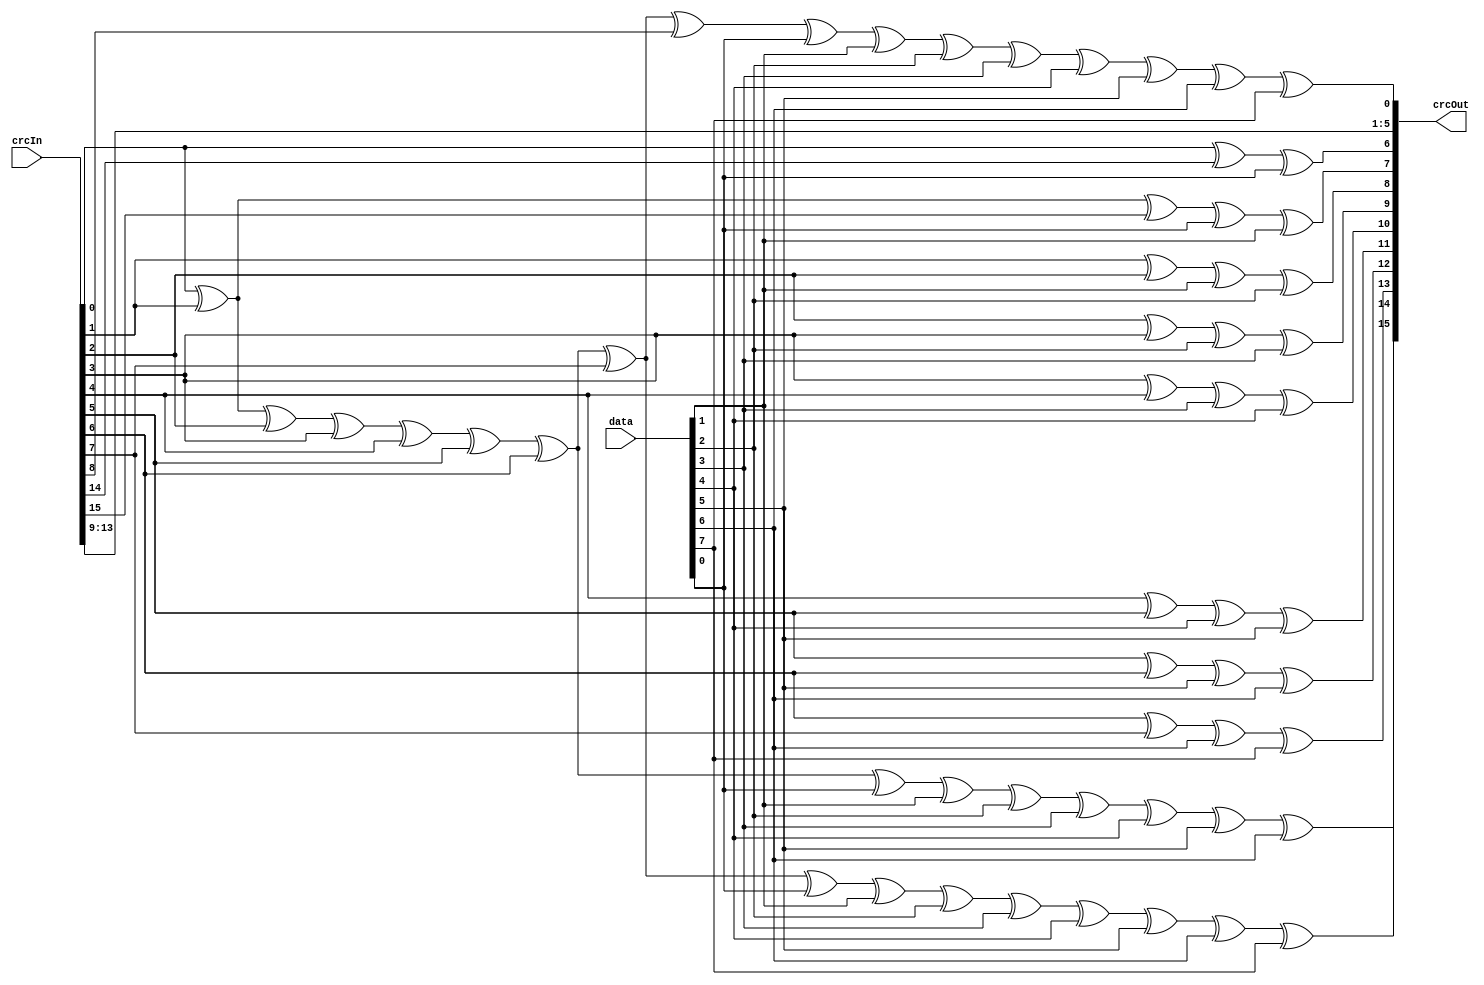
// SPDX-FileCopyrightText: 2023 Board of Regents, The University of Texas System
// SPDX-FileAttributionText: <text>This software was developed with government support under Grant no. DE-SC0023055 awarded by the Department of Energy. The government has certain rights in the copyright.</text>
//
// SPDX-License-Identifier: BSD-3-Clause

// vim: ts=4 sw=4 noexpandtab

// THIS IS GENERATED CODE.
//
// This code is Public Domain.
// Permission to use, copy, modify, and/or distribute this software for any
// purpose with or without fee is hereby granted.
//
// THE SOFTWARE IS PROVIDED "AS IS" AND THE AUTHOR DISCLAIMS ALL WARRANTIES
// WITH REGARD TO THIS SOFTWARE INCLUDING ALL IMPLIED WARRANTIES OF
// MERCHANTABILITY AND FITNESS. IN NO EVENT SHALL THE AUTHOR BE LIABLE FOR ANY
// SPECIAL, DIRECT, INDIRECT, OR CONSEQUENTIAL DAMAGES OR ANY DAMAGES WHATSOEVER
// RESULTING FROM LOSS OF USE, DATA OR PROFITS, WHETHER IN AN ACTION OF CONTRACT,
// NEGLIGENCE OR OTHER TORTIOUS ACTION, ARISING OUT OF OR IN CONNECTION WITH THE
// USE OR PERFORMANCE OF THIS SOFTWARE.

`ifndef CRC16_V_
`define CRC16_V_

// CRC polynomial coefficients: x^16 + x^15 + x^2 + 1
//                              0xA001 (hex)
// CRC width:                   16 bits
// CRC shift direction:         right

module crc16 (
    input [15:0] crcIn,
    input [7:0] data,
    output [15:0] crcOut
);
    assign crcOut[0] = (crcIn[0] ^ crcIn[1] ^ crcIn[2] ^ crcIn[3] ^ crcIn[4] ^ crcIn[5] ^ crcIn[6] ^ crcIn[7] ^ crcIn[8] ^ data[0] ^ data[1] ^ data[2] ^ data[3] ^ data[4] ^ data[5] ^ data[6] ^ data[7]);
    assign crcOut[1] = (crcIn[9]);
    assign crcOut[2] = (crcIn[10]);
    assign crcOut[3] = (crcIn[11]);
    assign crcOut[4] = (crcIn[12]);
    assign crcOut[5] = (crcIn[13]);
    assign crcOut[6] = (crcIn[0] ^ crcIn[14] ^ data[0]);
    assign crcOut[7] = (crcIn[0] ^ crcIn[1] ^ crcIn[15] ^ data[0] ^ data[1]);
    assign crcOut[8] = (crcIn[1] ^ crcIn[2] ^ data[1] ^ data[2]);
    assign crcOut[9] = (crcIn[2] ^ crcIn[3] ^ data[2] ^ data[3]);
    assign crcOut[10] = (crcIn[3] ^ crcIn[4] ^ data[3] ^ data[4]);
    assign crcOut[11] = (crcIn[4] ^ crcIn[5] ^ data[4] ^ data[5]);
    assign crcOut[12] = (crcIn[5] ^ crcIn[6] ^ data[5] ^ data[6]);
    assign crcOut[13] = (crcIn[6] ^ crcIn[7] ^ data[6] ^ data[7]);
    assign crcOut[14] = (crcIn[0] ^ crcIn[1] ^ crcIn[2] ^ crcIn[3] ^ crcIn[4] ^ crcIn[5] ^ crcIn[6] ^ data[0] ^ data[1] ^ data[2] ^ data[3] ^ data[4] ^ data[5] ^ data[6]);
    assign crcOut[15] = (crcIn[0] ^ crcIn[1] ^ crcIn[2] ^ crcIn[3] ^ crcIn[4] ^ crcIn[5] ^ crcIn[6] ^ crcIn[7] ^ data[0] ^ data[1] ^ data[2] ^ data[3] ^ data[4] ^ data[5] ^ data[6] ^ data[7]);
endmodule

`endif // CRC16_V_